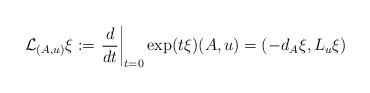
LaTeX: \begin{align*} \mathcal{L}_{(A,u)} \xi := \left.\frac{d}{dt}\right|_{t=0} \exp(t\xi) (A,u) = \left(-d_A \xi, L_u \xi\right) \end{align*}